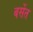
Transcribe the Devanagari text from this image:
बर्सेत